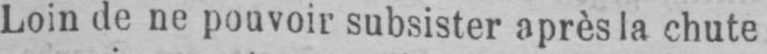
Loin de ne pouvoir subsister après la chute